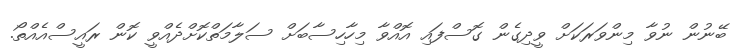
ބޭނުން ނުވާ މިންވަރަކަށް ވީދިގެން ގޮސްފައި އޮއްވާ މިހާހިސާބަށް ސަލާމަތްކޮށްދެއްވީ ކޮން ރައީސްއެއްތޯ.